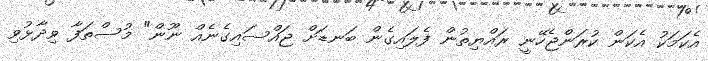
އެކަމަކު އެކަން ކުރަންޖެހޭނީ ރައްޔިތުން ފެލައިގެން ބަނޑަށް ޖައްސައިގެނެއް ނޫން" މުސްތަފާ ވިދާޅުވި